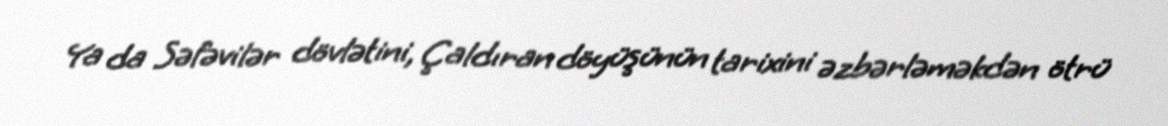
Ya da Səfəvilər dövlətini, Çaldıran döyüşünün tarixini əzbərləməkdən ötrü